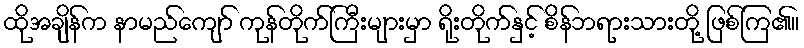
ထိုအချိန်က နာမည်ကျော် ကုန်တိုက်ကြီးများမှာ ရိုးတိုက်နှင့် စိန်ဘရားသားတို့ ဖြစ်ကြ၏။